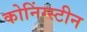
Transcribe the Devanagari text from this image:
कोनिंग्स्टीन